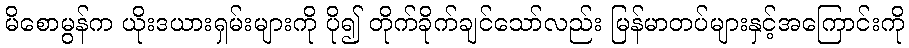
မိစောမွန်က ယိုးဒယားရှမ်းများကို ပို၍ တိုက်ခိုက်ချင်သော်လည်း မြန်မာတပ်များနှင့်အကြောင်းကို